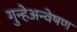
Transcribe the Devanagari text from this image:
गुन्हेअन्वेषण